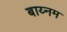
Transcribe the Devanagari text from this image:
बाय्नम